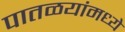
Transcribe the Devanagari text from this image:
पातळयांमध्ये